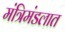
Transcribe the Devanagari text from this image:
मंत्रिमंडलात